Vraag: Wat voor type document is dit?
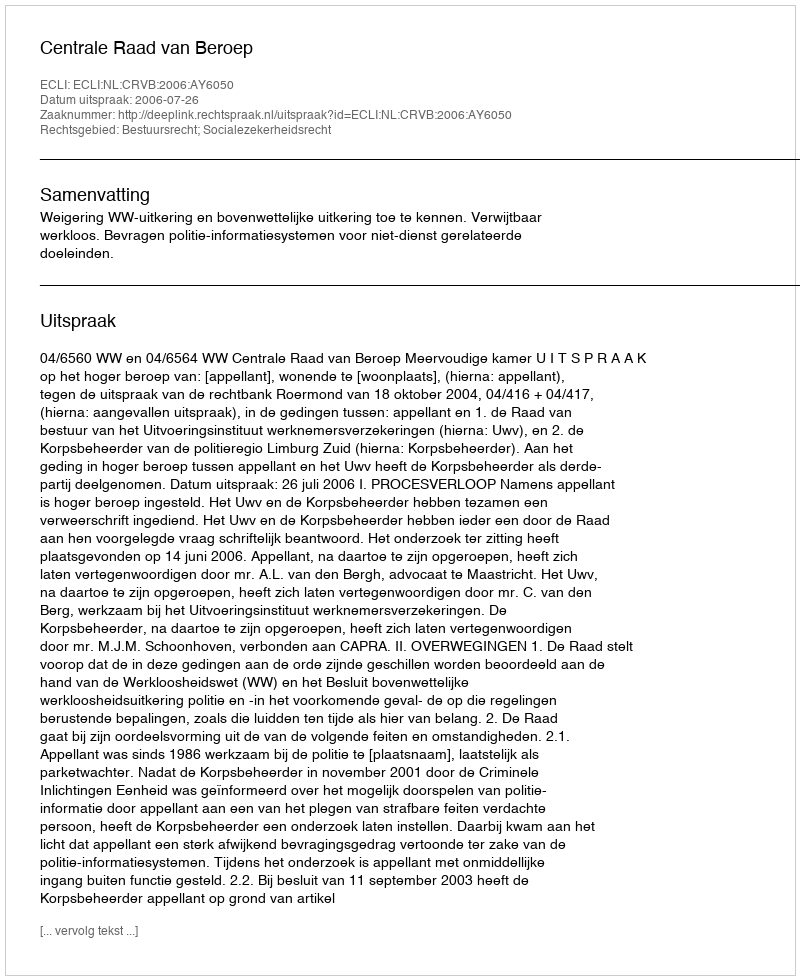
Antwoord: Uitspraak